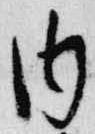
内